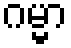
ဂမ္မာ